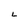
Character: L